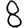
Digit: 8